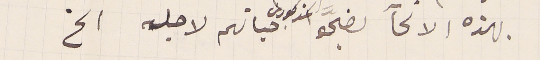
بهذه الانحآ يضحوُ المذكورين حياتهم لاجله الخ